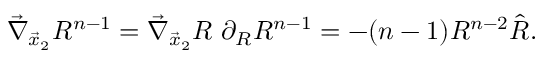
\vec { \nabla } _ { \vec { x } _ { 2 } } R ^ { n - 1 } = \vec { \nabla } _ { \vec { x } _ { 2 } } R ~ \partial _ { R } R ^ { n - 1 } = - ( n - 1 ) R ^ { n - 2 } \hat { R } .